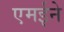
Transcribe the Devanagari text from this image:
एमईने